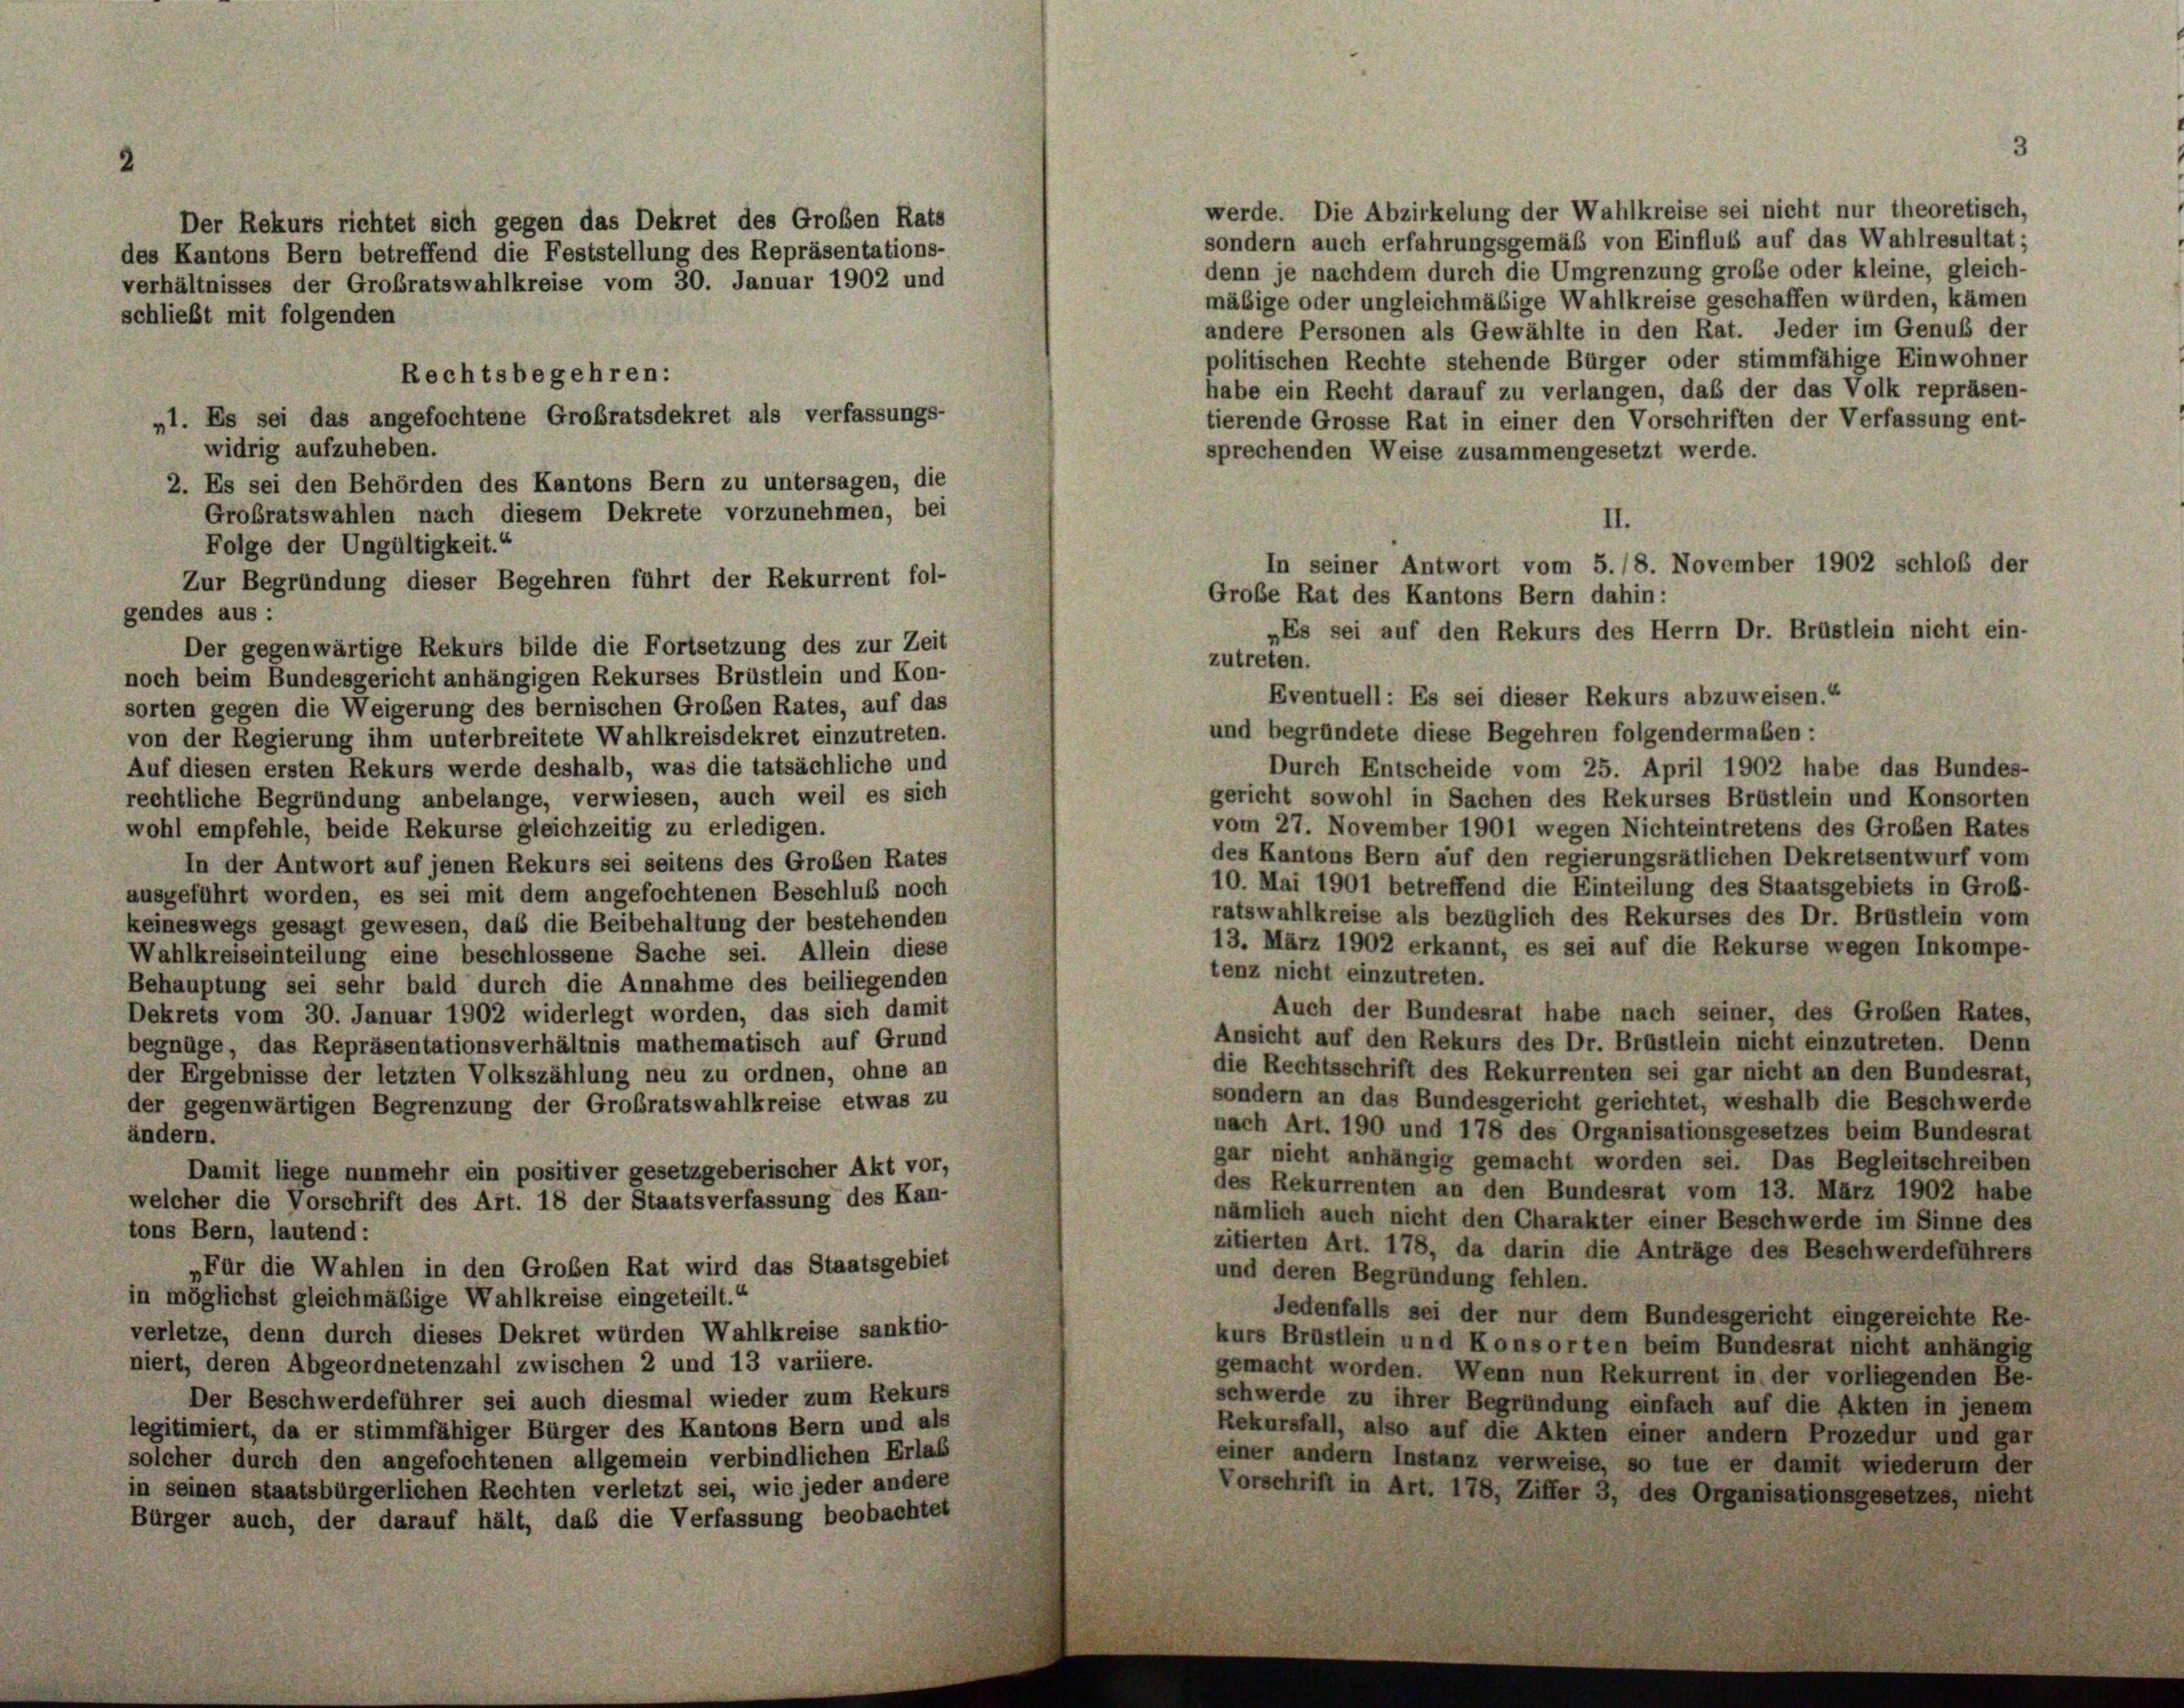
werde. Die Abzirkelung der Wahlkreise sei nicht nur theoretisch,
Der Rekurs richtet sich gegen das Dekret des Großen Rats
sondern auch erfahrungsgemäß von Einfluß auf das Wahlresultat;
des Kantons Bern betreffend die Feststellung des Repräsentations-
denn je nachdem durch die Umgrenzung große oder kleine, gleich-
verhältnisses der Großratswahlkreise vom 30. Januar 1902 und
mäsige oder ungleichmäßige Wahlkreise geschaffen würden, kämen
schließt mit folgenden
andere Personen als Gewählte in den Rat. Jeder im Genuß der
politischen Rechte stehende Bürger oder stimmfähige Einwohner
Rechtsbegehren:
habe ein Recht darauf zu verlangen, daß der das Volk repräsen-
„1. Es sei das angefochtene Großratsdekret als verfassungs-
tierende Grosse Rat in einer den Vorschriften der Verfassung ent-
widrig aufzuheben.
sprechenden Weise zusammengesetzt werde.
2. Es sei den Behörden des Kantons Bern zu untersagen, die
Großratswahlen nach diesem Dekrete vorzunehmen, bei
II.
Folge der Ungültigkeit.“
Zur Begründung dieser Begehren führt der Rekurrent fol-
gendes aus :
Es sei auf den Rekurs des Herrn Dr. Brustlein nicht ein-
Der gegenwärtige Rekurs bilde die Fortsetzung des zur Zeit
zutreten.
noch beim Bundesgericht anhängigen Rekurses Brüstlein und Kon-
Eventuell: Es sei dieser Rekurs abzuweisen.“
sorten gegen die Weigerung des bernischen Großen Rates, auf das
und begründete diese Begehren folgendermaßen:
von der Regierung ihm unterbreitete Wahlkreisdekret einzutreten.
Auf diesen ersten Rekurs werde deshalb, was die tatsächliche und
Durch Entscheide vom 25. April 1902 habe das Bundes-
gericht sowohl in Sachen des Rekurses Brüstlein und Konsorten
rechtliche Begründung anbelange, verwiesen, auch weil es sich
vom 27. November 1901 wegen Nichteintretens des Großen Rates
wohl empfehle, beide Rekurse gleichzeitig zu erledigen.
des Kantons Bern auf den regierungsrätlichen Dekretsentwurf vom
In der Antwort auf jenen Rekurs sei seitens des Großen Rates
10. Mai 1901 betreffend die Einteilung des Staatsgebiets in Groß-
ausgeführt worden, es sei mit dem angefochtenen Beschluß noch
ratswahlkreise als bezüglich des Rekurses des Dr. Brustlein vom
keineswegs gesagt gewesen, daß die Beibehaltung der bestehenden
13. März 1902 erkannt, es sei auf die Rekurse wegen Inkompe-
Wahlkreiseinteilung eine beschlossene Sache sei. Allein diese
tenz nicht einzutreten.
Behauptung sei sehr bald durch die Annahme des beiliegenden
Auch der Bundesrat habe nach seiner, des Großen Rates,
Dekrets vom 30. Januar 1902 widerlegt worden, das sich damit
Ansicht auf den Rekurs des Dr. Brüstlein nicht einzutreten. Denn
begnüge, das Repräsentationsverhältnis mathematisch auf Grund
die Rechtsschrift des Rekurrenten sei gar nicht an den Bundesrat,
der Ergebnisse der letzten Volkszählung neu zu ordnen, ohne an
sondern an das Bundesgericht gerichtet, weshalb die Beschwerde
der gegenwärtigen Begrenzung der Großratswahlkreise etwas zu
nach Art. 190 und 178 des Organisationsgesetzes beim Bundesrat
ändern.
gar nicht anhängig gemacht worden sei. Das Begleitschreiben
Damit liege nunmehr ein positiver gesetzgeberischer Akt vor,
des Rekurrenten an den Bundesrat vom 13. März 1902 habe
welcher die Vorschrift des Art. 18 der Staatsverfassung des Kan-
nämlich auch nicht den Charakter einer Beschwerde im Sinne des
tons Bern, lautend:
zitierten Art. 178, da darin die Anträge des Beschwerdeführers
„Für die Wahlen in den Großen Rat wird das Staatsgebiet
und deren Begründung fehlen.
in möglichst gleichmäßige Wahlkreise eingeteilt.“
Jedenfalls sei der nur dem Bundesgericht eingereichte Re-
verletze, denn durch dieses Dekret würden Wahlkreise sanktio
kurs Brustlein und Konsorten beim Bundesrat nicht anhängig
niert, deren Abgeordnetenzahl zwischen 2 und 13 variiere.
gemacht worden. Wenn nun Rekurrent in der vorliegenden Be-
Der Beschwerdeführer sei auch diesmal wieder zum Rekurs
schwerde zu ihrer Begründung einfach auf die Akten in jenem
legitimiert, da er stimmfähiger Bürger des Kantons Bern und als
Rekursfall, also auf die Akten einer andern Prozedur und gar
solcher durch den angefochtenen allgemein verbindlichen Erlas
einer andern Instanz verweise, so tue er damit wiederum der
in seinen staatsbürgerlichen Rechten verletzt sei, wie jeder andere
Vorschrift in Art. 178, Ziffer 3, des Organisationsgesetzes, nicht
Bürger auch, der darauf hält, daß die Verfassung beobachtet

In seiner Antwort vom 5./8. November 1902 schloß der
Große Rat des Kantons Bern dahin: